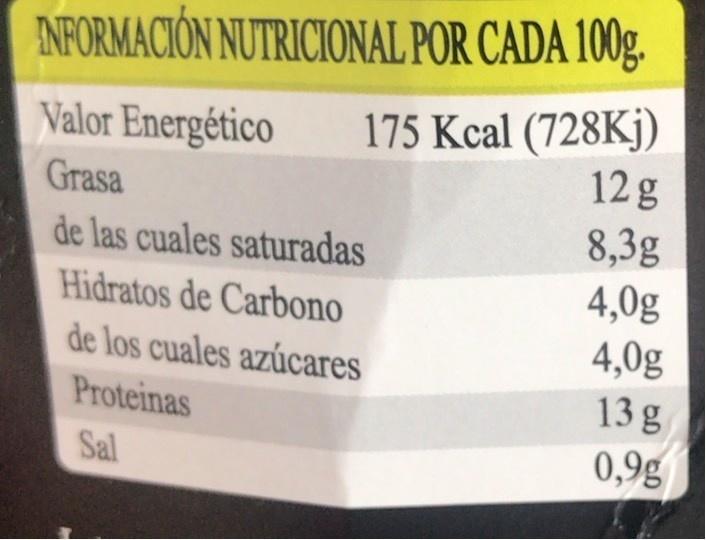
INFORMACIÓN NUTRICIONAL POR CADA 100g.
175 Kcal (728Kj) 12g
Valor Energético
Grasa
de las cuales saturadas
8,3g
4,0g 4,0g 13 g 0,9g
Hidratos de Carbono
de los cuales azúcares
Proteinas
Sal